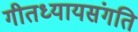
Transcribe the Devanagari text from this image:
गीतध्यायसंगति